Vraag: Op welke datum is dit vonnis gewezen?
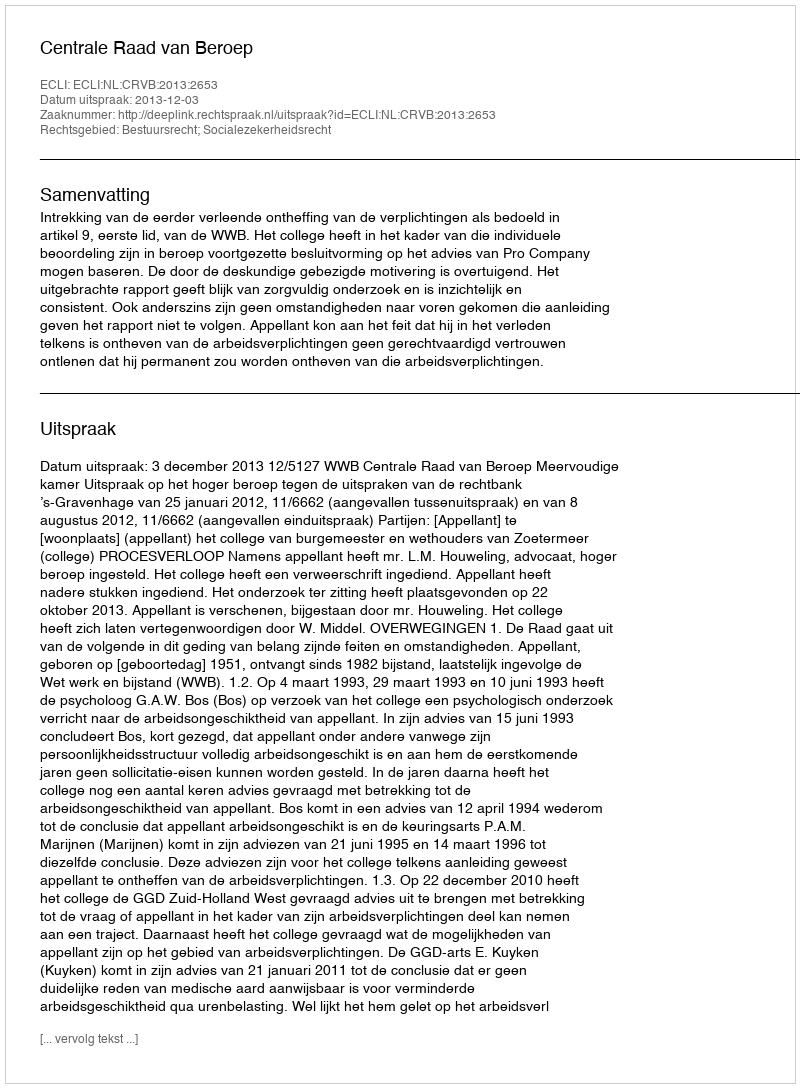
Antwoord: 2013-12-03